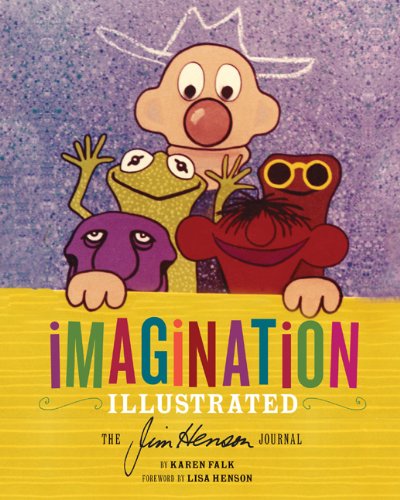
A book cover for Imagination Illustrated: The Jim Henson Journal; Karen Falk; Biographies & Memoirs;